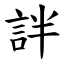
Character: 詊